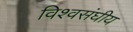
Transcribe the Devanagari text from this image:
विश्वसंघीय